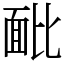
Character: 䩃